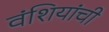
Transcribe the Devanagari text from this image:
वंशियांची